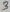
Text: 3